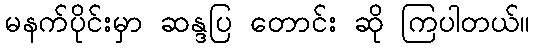
မနက်ပိုင်းမှာ ဆန္ဒပြ တောင်း ဆို ကြပါတယ်။